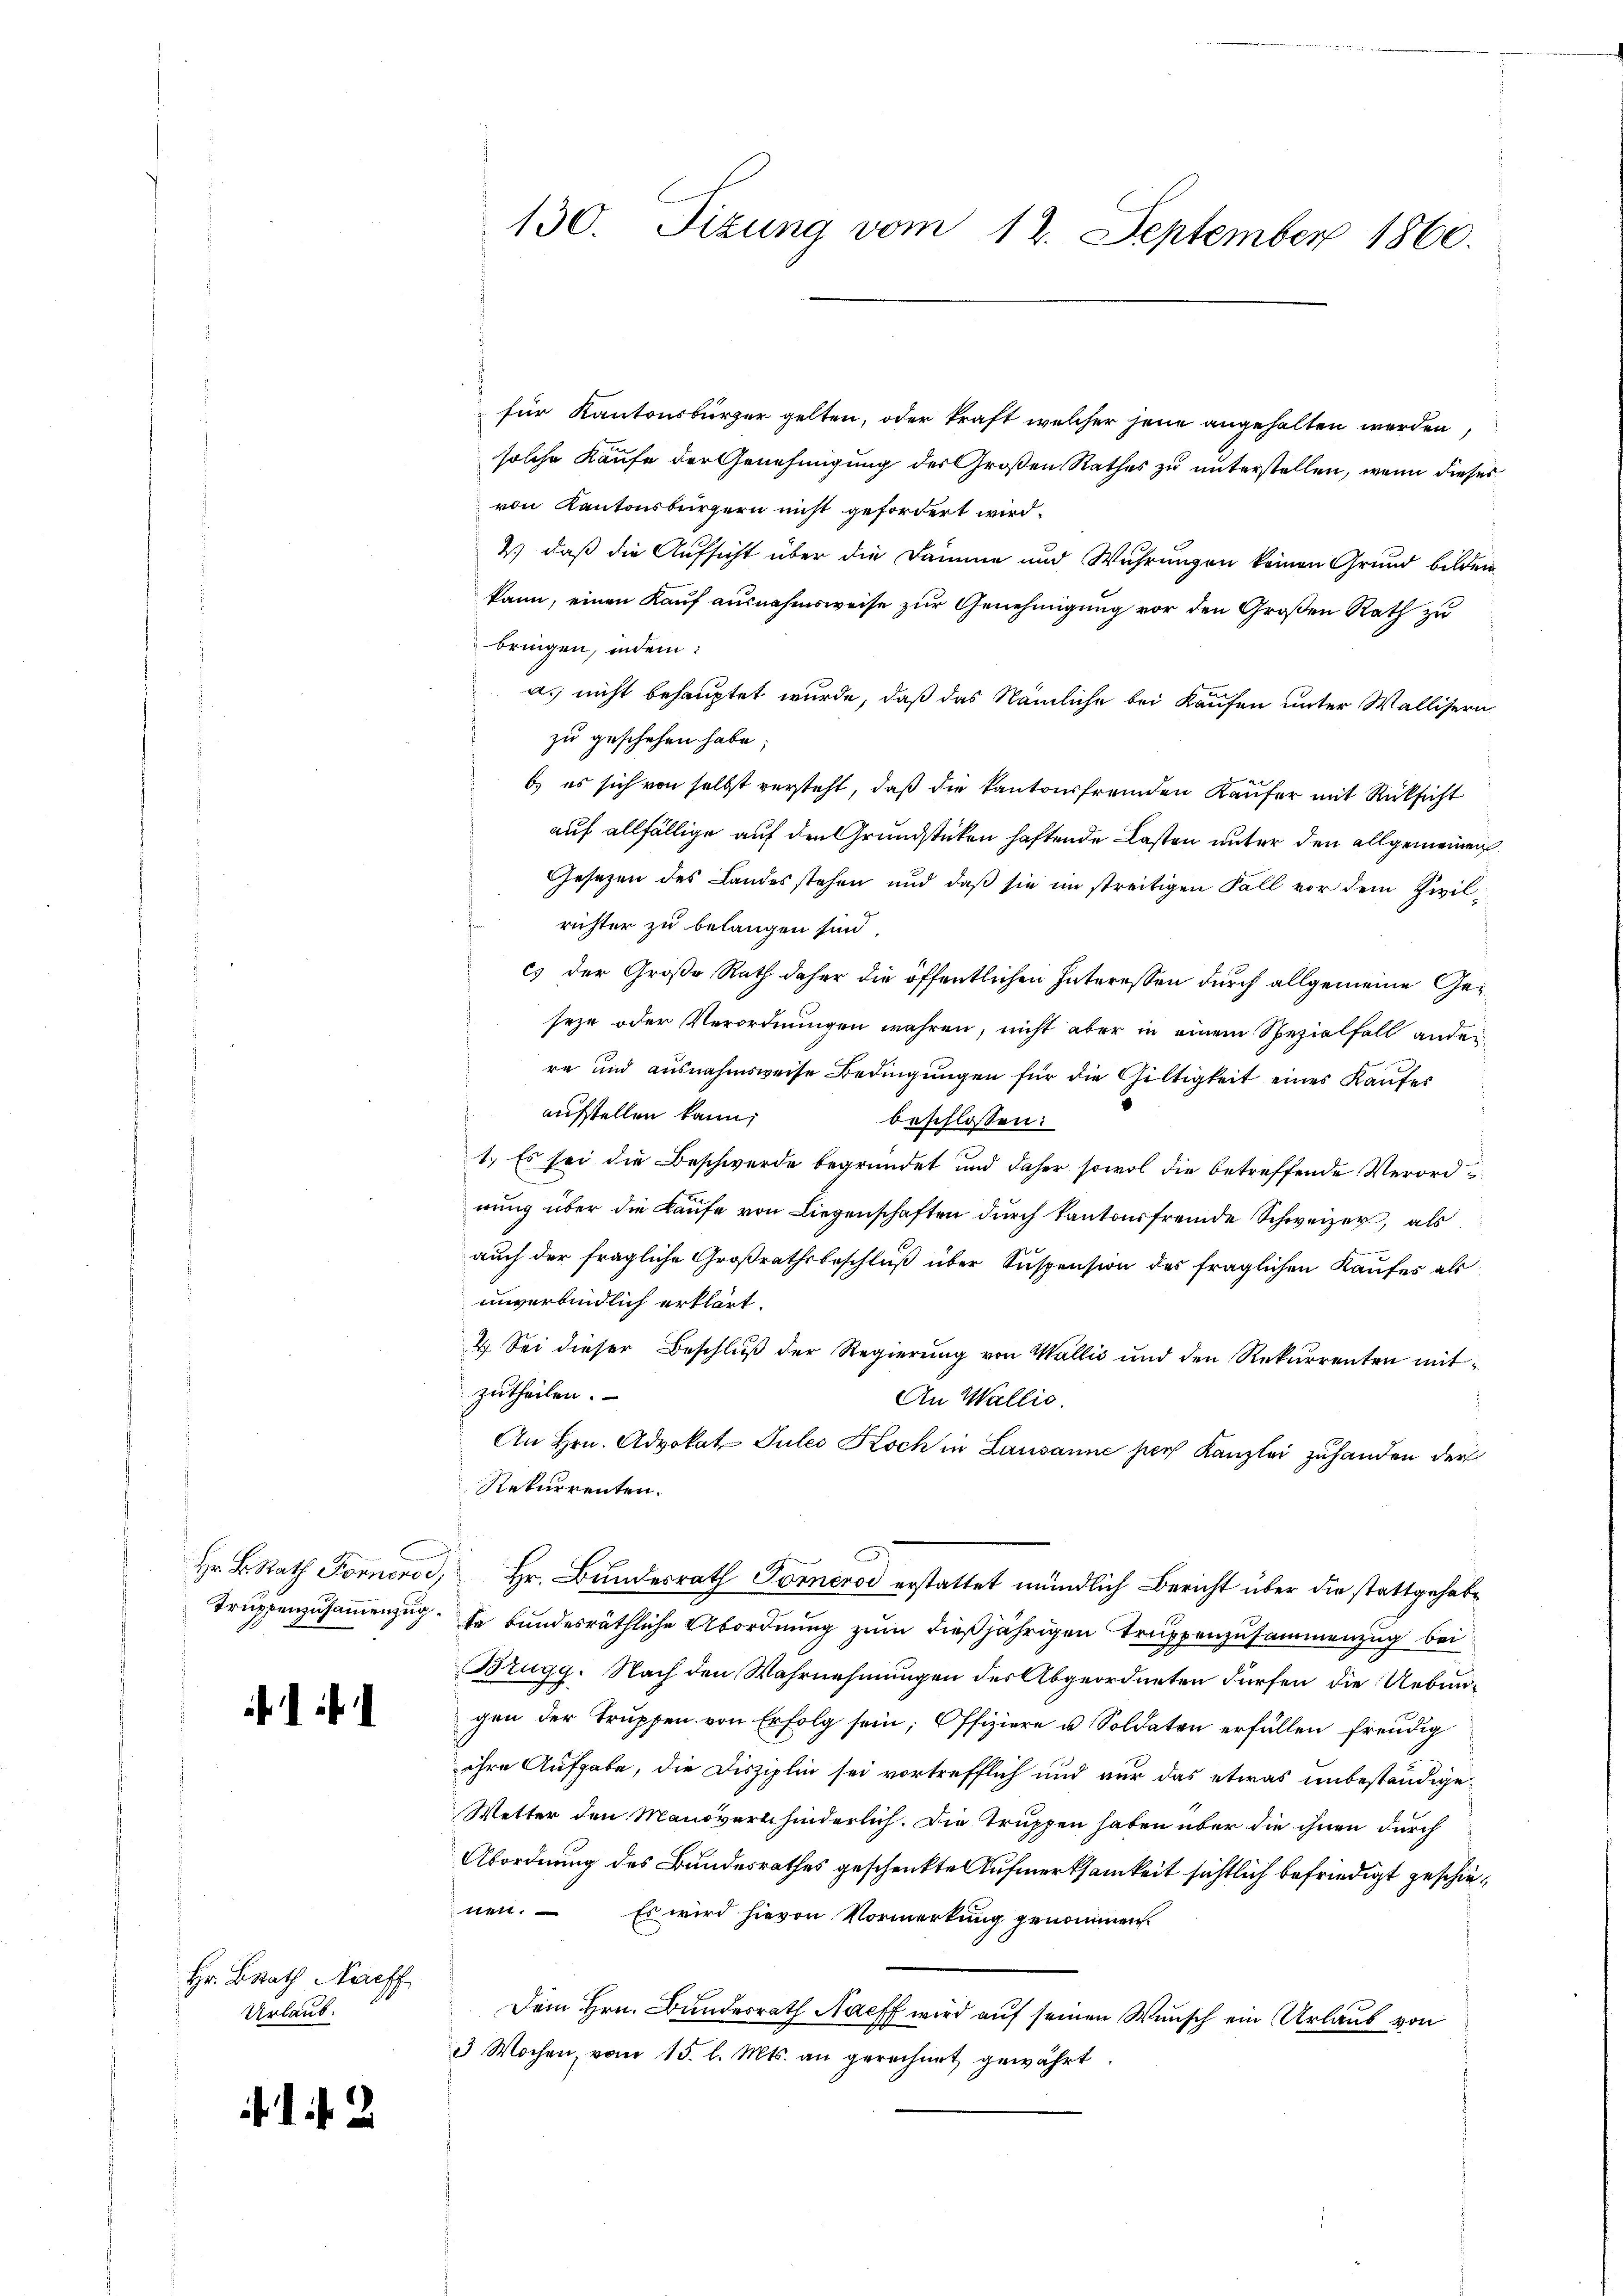
Hr. Brath Neff
Urlaub.

2

für Kantonsbürger gelten, oder kraft welcher jene angehalten werden,
solche Kaufe der Genehmigung des Großen Rathes zu unterstellen, wenn dieses
von Kantonsbürgern nicht gefordert wird.
2) daß die Aufsicht über die Dämme und Wuhrungen keinen Grund bilden
kann, einen Kauf ausnahmsweise zur Genehmigung vor den Großen Rath zu
bringen, indem:
a. nicht behauptet wurde, daß das Nämliche bei Kaufen unter Wallisern
zu geschehen habe;
b) es sich von selbst versteht, daß die kantonsfremden Käufer mit Rücksicht
auf allfällige auf den Grundstücken haftende Lasten unter den allgemeiner
Gesezen des Landesstehen und daß sie im streitigen Fall vor dem Zwilrichter zu belangen sind.
cs der Große Rath daher die öffentlichen Interessen durch allgemeine Geseze oder Verordnungen wahren, nicht aber in einem Spezialfall ander
re und ausnahmsweise Bedingŭngen für die Gültigkeit eines Kaufes
aufstellen kann;
beschlossen:
1. Es sei die Beschwerde begründet und daher sowol die betreffende Verordnung über die Kaufe von Liegenschaften durch Kantonsfremde Schweizer, als
auch der fragliche Großrathsbeschluß über Suspension des fraglichen Kaufes als
unverbindlich erklärt.
2. Sei dieser Beschlŭβ der Regierŭng von Wallis und den Rekŭrrenten mitzutheilen.
An Wallis.
An Hrn. Advokat Jules Koch in Lausanne hier Kanzlei zuhanden der
Rekurrenten.
Hr. B. Rath Fornend, Hr. Bundesrath Fornerod erstattet mündlich Bericht über die stattgehabt
Truppenzusammenzug je bundesräthliche Abordnung zum dießjährigen Truppenzusammenzug bei
Brugg. Nach den Wahrnehmungen des Abgeordneten dürfen die Uebungen der Truppen von Erfolg sein; Offiziere u. Soldaten erfällen freudig
ihre Aufgabe, die Disziplin sei vortrefflich und nur das etwas unbeständige¬
Wetter den Manöverschinderlich. Die Truppen haben über die ihnen durch
Abordnung des Bundesrathes geschenkte Aufmerksamkeit sichtlich befriedigt geschienen. Es wird hievon Vormerkung genommen.
Dem Hrn. Bundesrath Nacht wird auf seinen Wunsch ein Urlaub von
3 Wochen, vom 15. l. Mts. an gerechnet gewährt.

130. Sizung vom 12. September 1860.